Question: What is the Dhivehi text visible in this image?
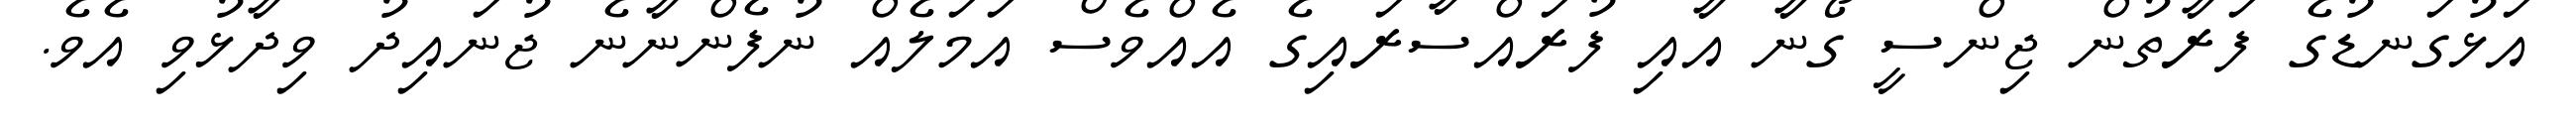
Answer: އަޅުގަނޑުގެ ފަރާތުން ޖިންސީ ގޯނާ އާއި ފުރައްސާރައިގެ އެއްވެސް އަމަލެއް ނުފެންނާނެ ޖުނައިދު ވިދާޅުވި އެވެ.